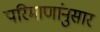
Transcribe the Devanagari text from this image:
परिमाणांनुसार